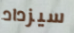
سيزداد